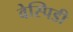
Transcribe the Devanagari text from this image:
वेस्पिडी